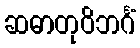
ဆဓာတုဝိဘင်္ဂံ